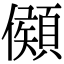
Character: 䫛